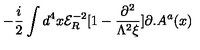
- \frac { i } { 2 } \int d ^ { 4 } x { \mathcal { E } } _ { R } ^ { - 2 } [ 1 - \frac { \partial ^ { 2 } } { \Lambda ^ { 2 } \xi } ] \partial . A ^ { a } ( x )